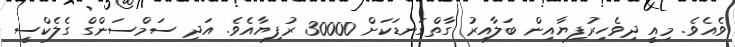
ވެއެވެ. މިއީ ދިވެހިރުފިޔާއިން ބަލާއިރު ގާތްގަނޑަކަށް 30000 ރުފިޔާއެވެ. އަދި ސަމްސަންގް ގެލެކްސީ